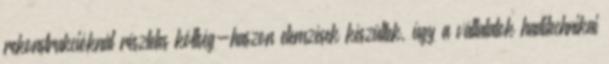
rekonstrukcióknál részletes költség-haszon elemzések készültek, úgy a vállalatok haditechnikai